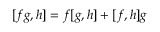
[ f g , h ] = f [ g , h ] + [ f , h ] g